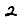
Digit: 2